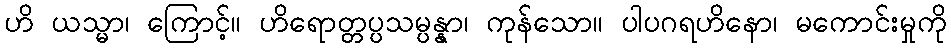
ဟိ ယသ္မာ၊ ကြောင့်။ ဟိရောတ္တပ္ပသမ္ပန္နာ၊ ကုန်သော။ ပါပဂရဟိနော၊ မကောင်းမှုကို